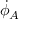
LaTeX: { \dot { \phi } } _ { A }